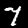
Digit: 7